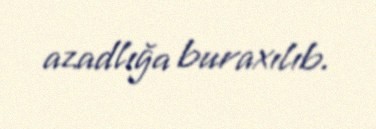
azadlığa buraxılıb.